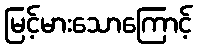
မြင့်မားသောကြောင့်